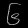
Digit: ၆